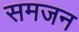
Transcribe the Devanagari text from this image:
समजन